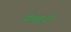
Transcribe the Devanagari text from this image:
जैमबूज़ी